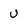
Character: u